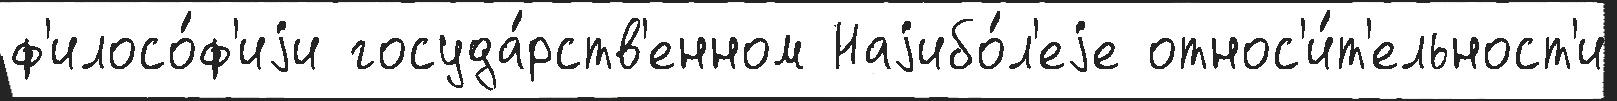
ф'илосо́ф'иjи госуда́рств'енном Наjибо́л'еjе относ'и́т'ельност'и